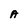
Character: A